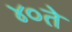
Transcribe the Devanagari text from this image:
४०ते